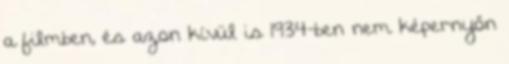
a filmben, és azon kívül is 1934-ben nem képernyőn